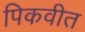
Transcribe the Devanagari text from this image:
पिकवीत